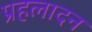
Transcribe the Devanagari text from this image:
प्रहलादन